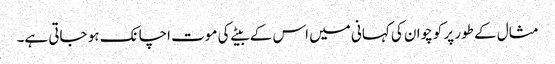
مثال کے طور پر کوچوان کی کہانی میں اس کے بیٹے کی موت اچانک ہو جاتی ہے۔